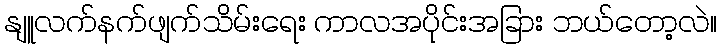
နျူလက်နက်ဖျက်သိမ်းရေး ကာလအပိုင်းအခြား ဘယ်တော့လဲ။